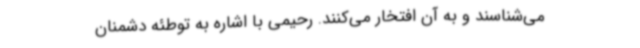
می‌شناسند و به آن افتخار می‌کنند. رحیمی با اشاره به توطئه دشمنان